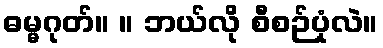
ဓမ္မဂုတ်။ ။ ဘယ်လို စီစဉ်ပုံလဲ။